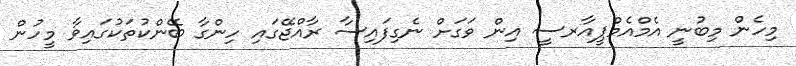
މިހެން މިބުނީ އެމްއެމްޕީއާރސީ އިން ވަގަށް ނެގިފައިސާ ރާއްޖޭގައި ހިންގާ ބޭންކުތަކުގައިވާ މީހުން